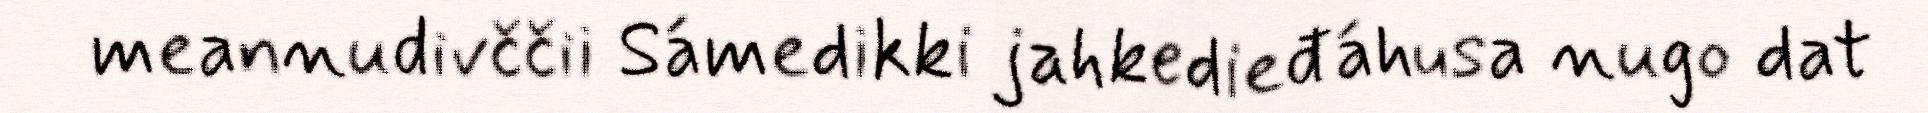
meannudivččii Sámedikki jahkedieđáhusa nugo dat